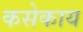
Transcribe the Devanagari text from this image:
कसेकाय